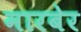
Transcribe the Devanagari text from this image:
मारबेर